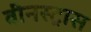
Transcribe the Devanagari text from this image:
वीनस्ट्रास